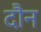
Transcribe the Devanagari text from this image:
दौन